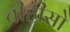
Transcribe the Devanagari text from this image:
चीहीसो